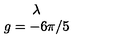
\begin{array} { c } { \lambda } \\ { g = - 6 \pi / 5 } \\ \end{array}